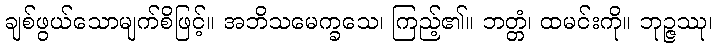
ချစ်ဖွယ်သောမျက်စိဖြင့်။ အဘိသမေက္ခသေ၊ ကြည့်၏။ ဘတ္တံ၊ ထမင်းကို။ ဘုဉ္ဇဿု၊